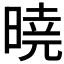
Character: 𣉊